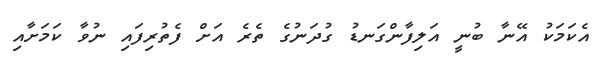
އެކަމަކު އޭނާ ބުނީ އަލިފާންގަނޑު ގުދަނުގެ ތެރެ އަށް ފެތުރިފައި ނުވާ ކަމަށާއި